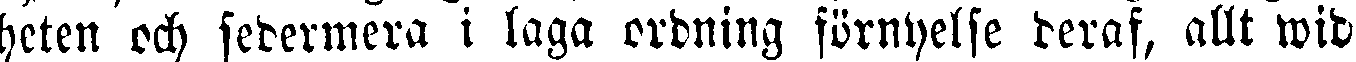
heten och sedermera i laga ordning förnyelse deraf, allt wid